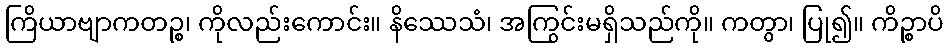
ကြိယာဗျာကတဉ္စ၊ ကိုလည်းကောင်း။ နိဿေသံ၊ အကြွင်းမရှိသည်ကို။ ကတွာ၊ ပြု၍။ ကိဉ္စာပိ